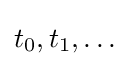
t_{0},t_{1},\ldots